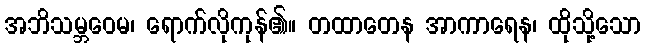
အဘိသမ္ဘဝေမ၊ ရောက်လိုကုန်၏။ တထာတေန အာကာရေန၊ ထိုသို့သော